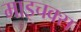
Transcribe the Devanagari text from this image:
माइचक्स